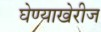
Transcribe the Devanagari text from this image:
घेण्याखेरीज